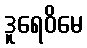
ဒူရေဝိမေ